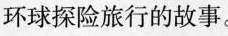
环球探险旅行的故事。